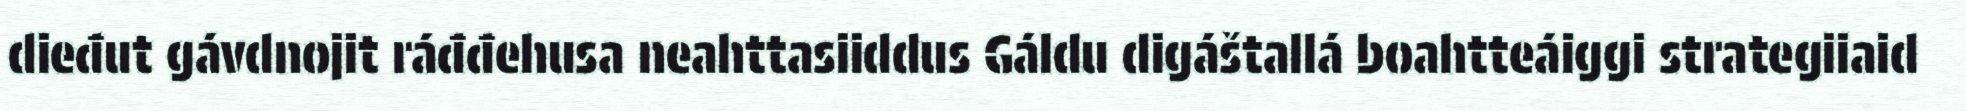
dieđut gávdnojit ráđđehusa neahttasiiddus Gáldu digáštallá boahtteáiggi strategiiaid